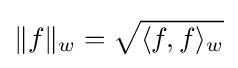
\|f\|_{w}={\sqrt {\langle f,f\rangle _{w}}}